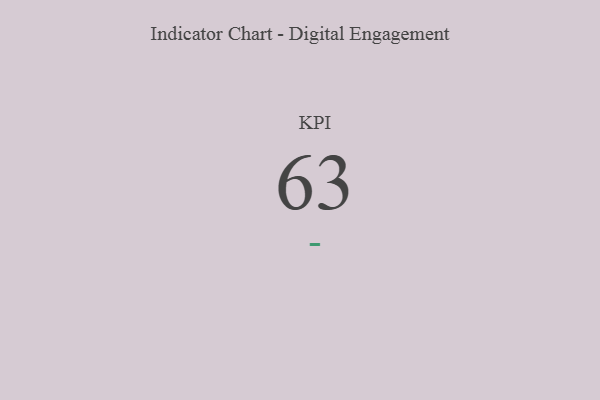
{"axis": {"x": "KPI", "y": "Value"}, "legend": [""], "data": [{"x": "KPI", "y": 63, "type": ""}]}